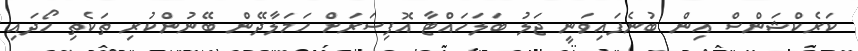
ކަރެކްޝަންސް އިން ބުނެފައިވަނީ ޖަލު ބަލަހައްޓާ އޮފިސަރަށް ހަމަލާދޭން ބޭނުންކުރި ތަކެތި ހޯދައި